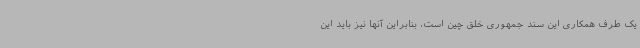
یک طرف همکاری این سند جمهوری خلق چین است، بنابراین آنها نیز باید این